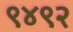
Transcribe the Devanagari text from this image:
९४९२